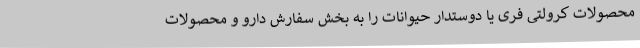
محصولات کرولتی فری یا دوستدار حیوانات را به بخش سفارش دارو و محصولات